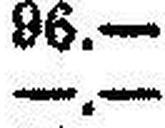
—.—